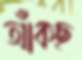
আঁকছ